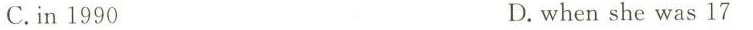
C. in 1990 D. when she was 17